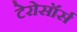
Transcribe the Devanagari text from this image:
टेरोसॉर्स